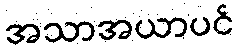
အသာအယာပင်